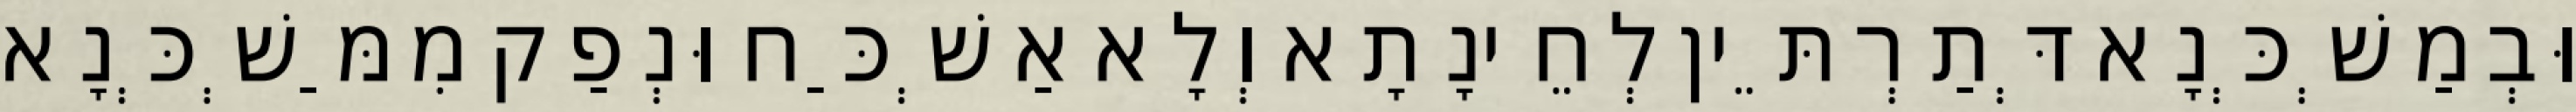
וּבְמַשְׁכְּנָא דְּתַרְתֵּין לְחֵינָתָא וְלָא אַשְׁכַּח וּנְפַק מִמַּשְׁכְּנָא